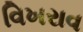
વિખરાવ